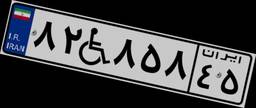
۳۷W۵۹۱۱۷